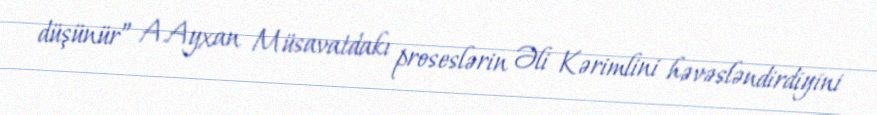
düşünür” A.Ayxan Müsavatdakı proseslərin Əli Kərimlini həvəsləndirdiyini